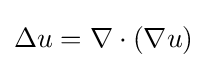
\Delta u=\nabla \cdot (\nabla u)